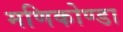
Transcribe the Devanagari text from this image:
मणिकोण्डा